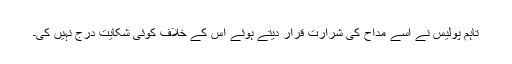
تاہم پولیس نے اسے مداح کی شرارت قرار دیتے ہوئے اس کے خلاف کوئی شکایت درج نہیں کی۔